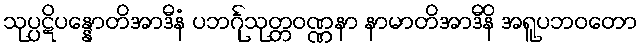
သုပ္ပဋိပန္နောတိအာဒီနံ ပဘင်္ဂုသုတ္တဝဏ္ဏနာ နာမာတိအာဒီနိ အရူပဘဝတော